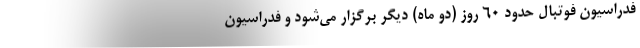
فدراسیون فوتبال حدود ۶۰ روز (دو ماه) دیگر برگزار می‌شود و فدراسیون